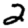
Digit: 2